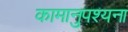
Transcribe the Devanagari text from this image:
कामानुपश्यना